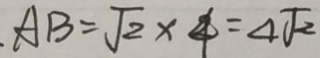
A B = \sqrt { 2 } \times 4 = 4 \sqrt { 2 }